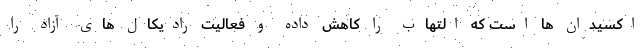
اکسیدان ها است که التهاب را کاهش داده و فعالیت رادیکال های آزاد را